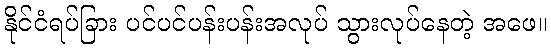
နိုင်ငံရပ်ခြား ပင်ပင်ပန်းပန်းအလုပ် သွားလုပ်နေတဲ့ အဖေ။